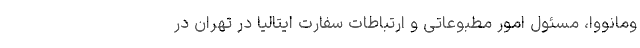
ومانووا، مسئول امور مطبوعاتی و ارتباطات سفارت ایتالیا در تهران در